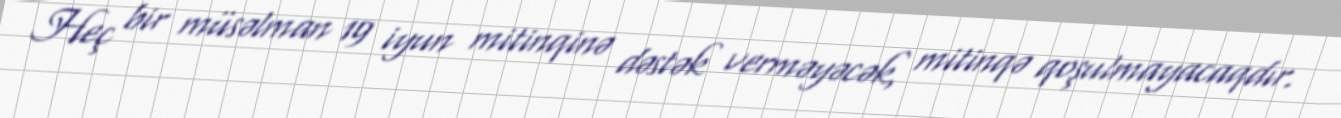
Heç bir müsəlman 19 iyun mitinqinə dəstək verməyəcək, mitinqə qoşulmayacaqdır.